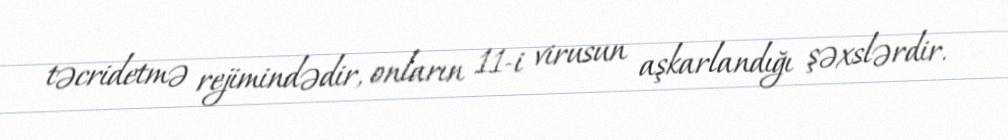
təcridetmə rejimindədir, onların 11-i virusun aşkarlandığı şəxslərdir.